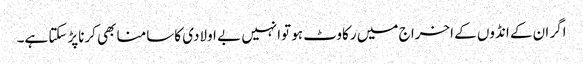
اگر ان کے انڈوں کے اخرا ج میں رکاوٹ ہو توانہیں بے اولادی کاسامنا بھی کرناپڑسکتا ہے۔